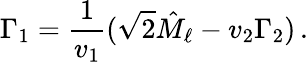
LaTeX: \Gamma_{1}=\frac{1}{v_{1}}(\sqrt{2}\hat{M}_{\ell}-v_{2}\Gamma_{2})\, .